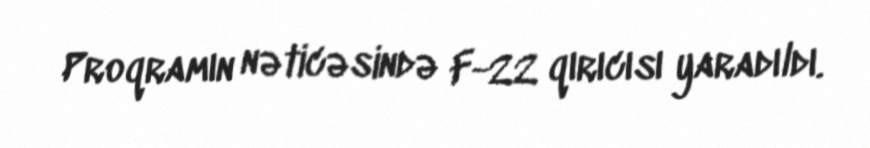
Proqramın nəticəsində F-22 qırıcısı yaradıldı.